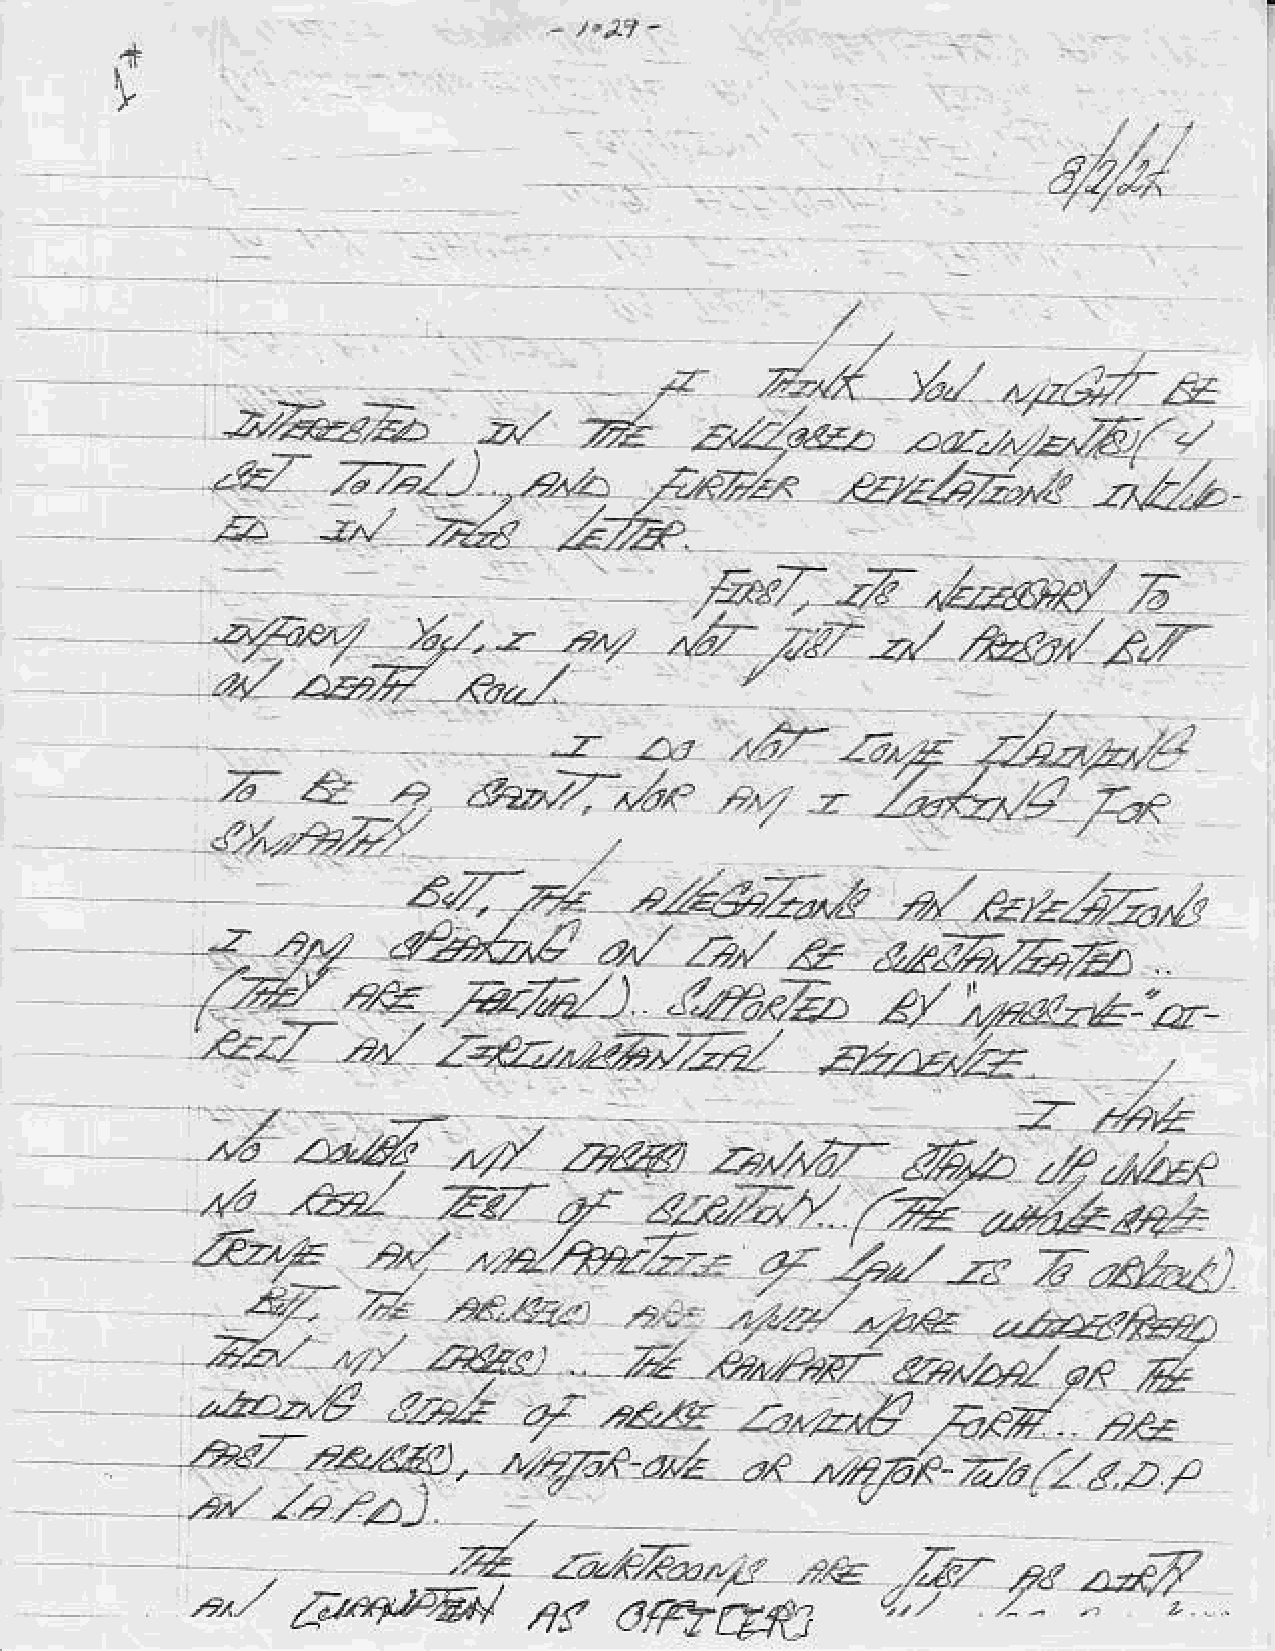
f
 /'l/
 z*:lt.z^E(r'
 it<zz,
 .
 .ezb7-it
 ztz/--
 Z-&        4                     .r
 Az>t7-./ar"
 (/De,r/                                -
 z.Eq
 /vd                    A@        za,/rf       6"b
 ,1./4/
 .<z
 (a             E47,lr'                     ad          "/.,/1Ep
 zz/Az*
 4d:r;/(
 ef_
 ?/      ,,>z/tu/-ztt      q:           zr    AAt-"t
 -a                             /z-,/
 j1
 34-l   .        ,a:*t_t                             _ds6
 4.44-1      a.,   .,2*/"",re,       ,ba?*a
 /.&s..           ".,
 "2.2/,,,p-
 4/a/    n                   A
 .f,?,,?-{                   d
 eht                              e.p^,/Ztu/  @R
 d,"&&              rlg     ,4f/       dE
 2^
 /"4"n/o z-t/
 /?af.?"                az                                r
 .l.V""e         ar           _r:za/1az
 a,,7p,t
 lrlaj
 ,44/
 ,   -     ..?       .?.^  F.,n/     ."€           B    o#
 a-e.
 P<
 r7Pe4/     4r    o?t7fi
 ')t